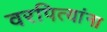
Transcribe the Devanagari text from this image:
वरपित्यांना